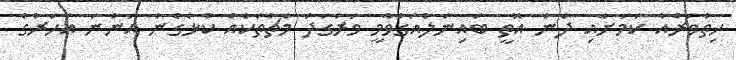
ހިތްވަރެއް ކަމަށާއި ދެން އޮތީ ބައިނަލްއަގްވާމީ ވަރުގަދަ މެޗުތަކެއް ކުޅެގެން އަންނަ އަހަރުގެ